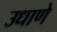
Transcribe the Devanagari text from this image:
उधाणे